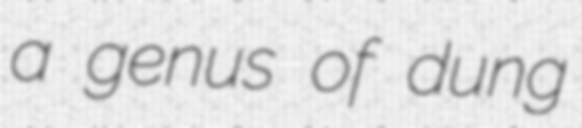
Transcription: a genus of dung